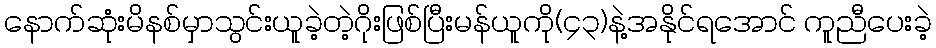
နောက်ဆုံးမိနစ်မှာသွင်းယူခဲ့တဲ့ဂိုးဖြစ်ပြီးမန်ယူကို(၄၃)နဲ့အနိုင်ရအောင် ကူညီပေးခဲ့